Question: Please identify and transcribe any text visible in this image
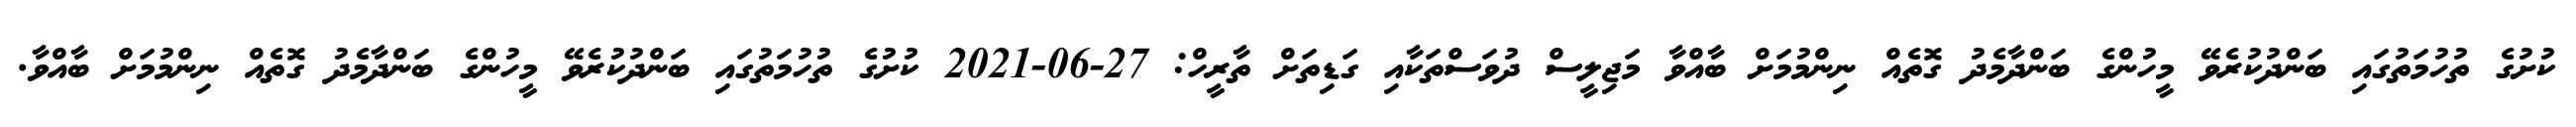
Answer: ކުށުގެ ތުހުމަތުގައި ބަންދުކުރެވޭ މީހުންގެ ބަންދާމެދު ގޮތެއް ނިންމުމަށް ބާއްވާ މަޖިލީސް ދުވަސްތަކާއި ގަޑިތަށް ތާރީހް: 27-06-2021 ކުށުގެ ތުހުމަތުގައި ބަންދުކުރެވޭ މީހުންގެ ބަންދާމެދު ގޮތެއް ނިންމުމަށް ބާއްވާ.